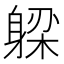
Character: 𬧪